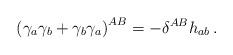
LaTeX: \begin{align*}\left(\gamma_a\gamma_b +\gamma_b\gamma_a\right)^{AB}=-\delta^{AB}h_{ab}\,. \end{align*}